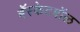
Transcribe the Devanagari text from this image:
बॅस्केटबॉल